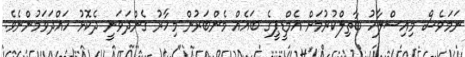
ނަމަވެސް މިއިސްލާހު ބާތިލްކުރުމަށް އެމްޑީޕީގެ ބައެއް މެންބަރުން މިހާރު ގެންދަވަނީ ދެކޮޅު ހައްދަވަމުންނެވެ.